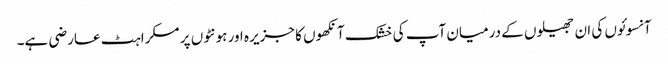
آنسوئوں کی ان جھیلوں کے درمیان آپ کی خشک آنکھوں کا جزیرہ اور ہونٹوں پر مسکراہٹ عارضی ہے۔